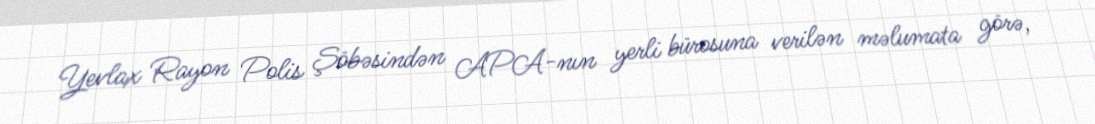
Yevlax Rayon Polis Şöbəsindən APA-nın yerli bürosuna verilən məlumata görə,